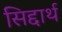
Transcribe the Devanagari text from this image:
सिद्दार्थ